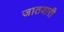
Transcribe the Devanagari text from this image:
जातवारी